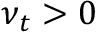
\nu _ { t } > 0